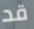
قد